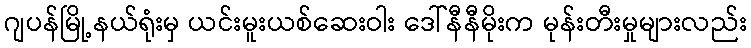
ဂျပန်မြို့နယ်ရုံးမှ ယင်းမူးယစ်ဆေးဝါး ဒေါ်နီနီမိုးက မုန်းတီးမှုများလည်း